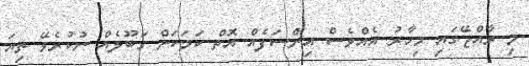
މި ރާއްޖޭގައި މިހާރު އެއްވެސް އިންސަފެއް އޮތް ކަމަކަށް ގަބޫލެއް ނުކުރެވޭ ތިޔަ